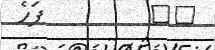
٩٧         ފަހެ